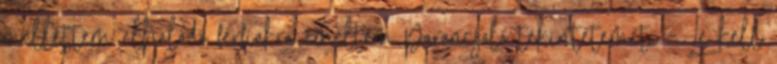
mellettem elhaladó férfiakra emeltem parancsoló tekintetemet. – Le kell